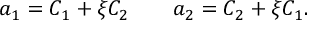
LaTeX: a _ { 1 } = C _ { 1 } + \xi C _ { 2 } \qquad a _ { 2 } = C _ { 2 } + \xi C _ { 1 } .